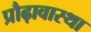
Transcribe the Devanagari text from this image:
प्रौढ़ावास्था